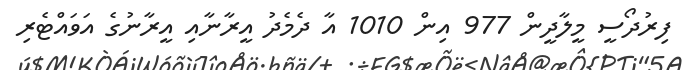
ފިރުދޯސީ މީލާދީން 977 އިން 1010 އާ ދެމެދު އީރާނާއި އީރާނުގެ އަވައްޓެރި